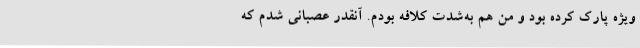
ویژه پارک کرده بود و من هم به‌شدت کلافه بودم. آنقدر عصبانی شدم که